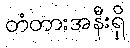
တံတားအနီးရှိ